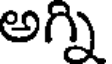
అగ్ని